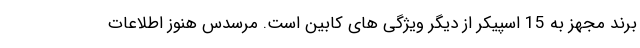
برند مجهز به 15 اسپیکر از دیگر ویژگی های کابین است. مرسدس هنوز اطلاعات